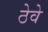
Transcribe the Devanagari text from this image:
ठेवे